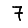
Digit: 7